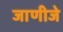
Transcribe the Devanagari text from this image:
जाणीजे